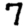
Digit: 7